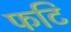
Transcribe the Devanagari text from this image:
फटि